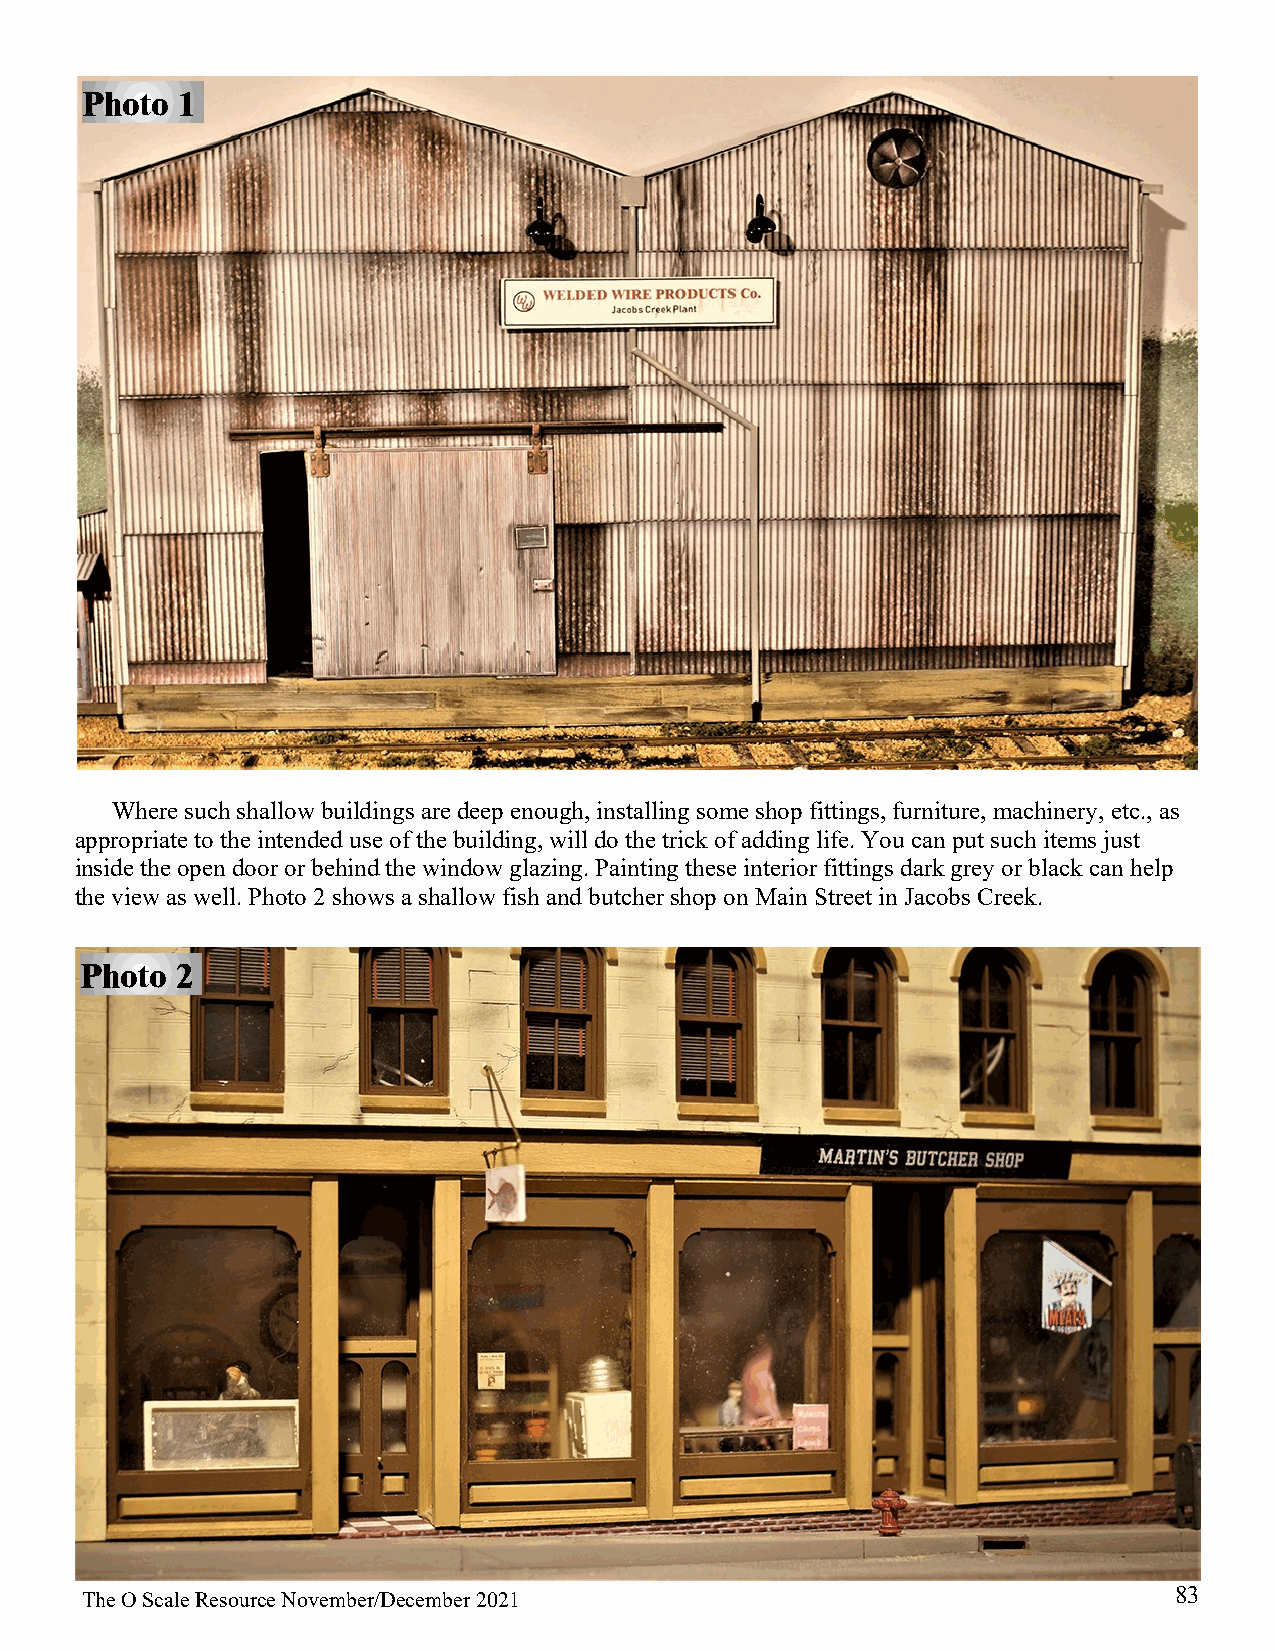
Photo  1
 Where such shallow buildings are deep enough, installing some shop fittings, furniture, machinery, etc., as
 appropriate to the intended use of the building, will do the trick of adding life. You can put such items just
 inside the open door or behind the window glazing. Painting these interior fittings dark grey or black can help
 the view as well. Photo 2 shows a shallow fish and butcher shop on Main Street in Jacobs Creek.
 Photo  2
 83
 The O Scale Resource November/December 2021